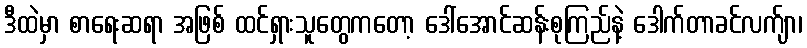
ဒီထဲမှာ စာရေးဆရာ အဖြစ် ထင်ရှားသူတွေကတော့ ဒေါ်အောင်ဆန်းစုကြည်နဲ့ ဒေါက်တာခင်လက်ျာ၊